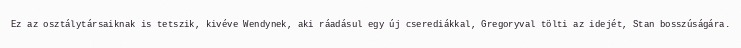
Ez az osztálytársaiknak is tetszik, kivéve Wendynek, aki ráadásul egy új cserediákkal, Gregoryval tölti az idejét, Stan bosszúságára.